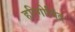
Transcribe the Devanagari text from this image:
हरिगोविंद